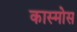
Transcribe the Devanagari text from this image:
कास्मोस